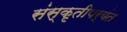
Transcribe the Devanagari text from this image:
संस्कृतीपर्यंत